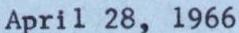
April 28,1966